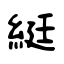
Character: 綎